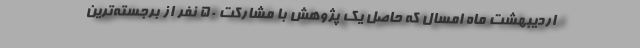
اردیبهشت ماه امسال که حاصل یک پژوهش با مشارکت 50 نفر از برجسته‌‌ترین